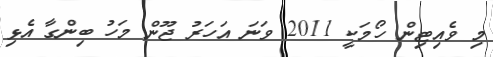
މި ވެއިޓިން ހޯމަކީ 2011 ވަނަ އަހަރު ޖޫން މަހު ބިންގާ އެޅި